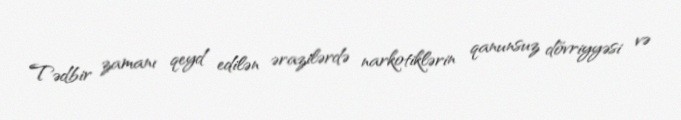
Tədbir zamanı qeyd edilən ərazilərdə narkotiklərin qanunsuz dövriyyəsi və